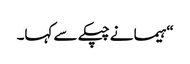
“ہیما نے چپکے سے کہا۔